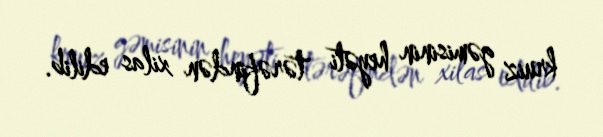
kruiz gəmisinin heyəti tərəfindən xilas edilib.